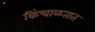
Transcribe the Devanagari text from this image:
किंचाळतात